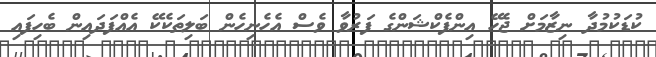
ކުޑަކުމުދާ ނިޒާމަށް ޖެހޭ އިންފެކްޝަންގެ ފަރުވާ ވެސް އެހެނިހެން ބަލިތަކެކޭ އެއްފަދައިން ބެހިފައި